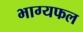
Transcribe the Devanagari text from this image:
भाग्यफल